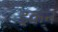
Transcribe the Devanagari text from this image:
इकन